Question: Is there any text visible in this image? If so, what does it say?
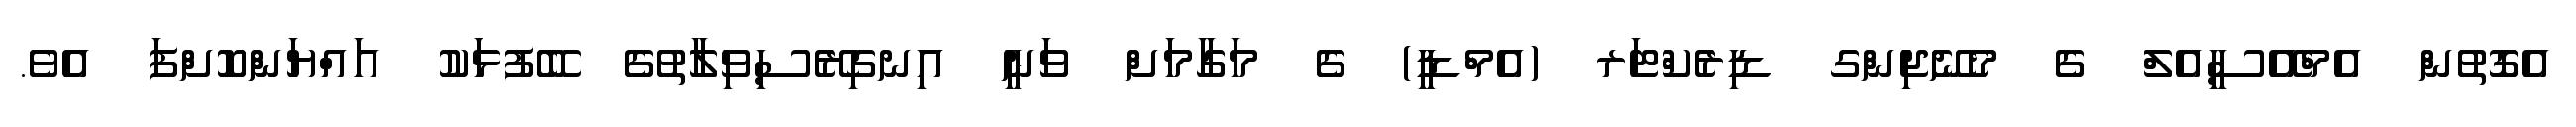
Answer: އެގޮތުން އެމްއޭސީއެލް ގެ މެނޭޖިންގ ޑިރެކްޓަރ (އެމްޑީ) ގެ މަގާމަށް ވަނީ އިނގިރޭސިވިލާތުގެ ބޭފުޅަކު އައްޔަންކޮށްފަ އެވެ.